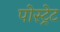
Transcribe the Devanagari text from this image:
पोस्ट्रेट